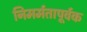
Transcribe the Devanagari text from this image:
निमर्मतापूर्वक